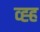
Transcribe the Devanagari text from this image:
व्ह्ह